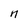
Character: n